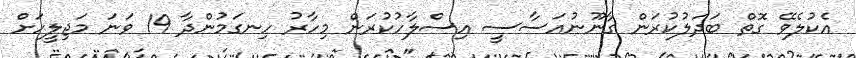
އެކުލެވޭ ގޮތް ބަދަލުކުރަން ގާނޫނުއަސާސީ އިސްލާހުކުރަން މިހާރު ހިނގަމުންދާ 19 ވަނަ މަޖިލީހަށް